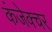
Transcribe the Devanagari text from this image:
कंजेक्चर